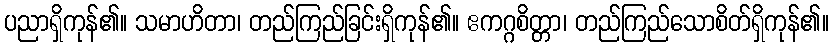
ပညာရှိကုန်၏။ သမာဟိတာ၊ တည်ကြည်ခြင်းရှိကုန်၏။ ဧကဂ္ဂစိတ္တာ၊ တည်ကြည်သောစိတ်ရှိကုန်၏။